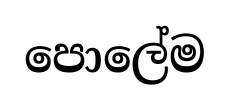
පොලේම